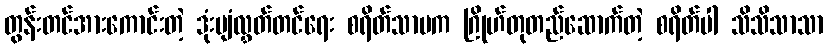
တွန်းတင်အားကောင်းတဲ့ ဒုံးပျံလွှတ်တင်ရေး စရိတ်သာမက ဂြိုဟ်တုတည်ဆောက်တဲ့ စရိတ်ပါ သိသိသာသာ